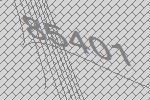
85401